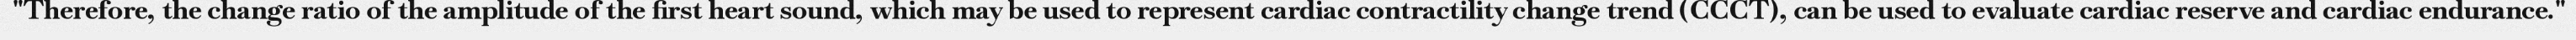
"Therefore, the change ratio of the amplitude of the first heart sound, which may be used to represent cardiac contractility change trend (CCCT), can be used to evaluate cardiac reserve and cardiac endurance."